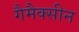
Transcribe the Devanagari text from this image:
गैमैक्सीन